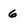
Character: 6